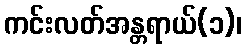
ကင်းလတ်အန္တရာယ်(၁)၊